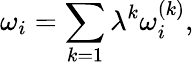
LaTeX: \omega_{i}=\sum_{k=1}\lambda^{k}\omega_{i}^{(k)},